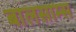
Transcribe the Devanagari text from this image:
बालसाम्स